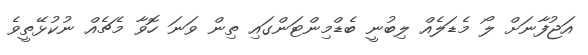
އަޖުފާނަށް ލޯ މެޑަލެއް ލިބުނީ ބެޑްމިންޓަންގައި ތިން ވަނަ ހޮވާ މެޗެއް ނުކުޅޭތީވެ